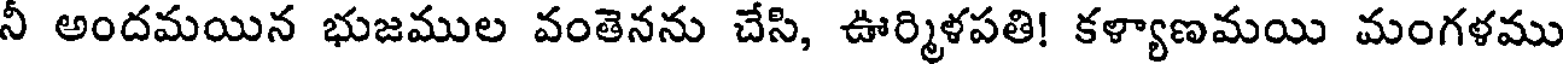
నీ అందమయిన భుజముల వంతెనను చేసి, ఊర్మిళపతి! కళ్యాణమయి మంగళము